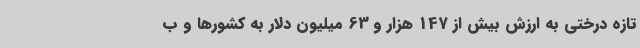
تازه درختی به ارزش بیش از 147 هزار و 63 میلیون دلار به کشورها و ب